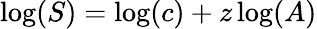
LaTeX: \log(S)=\log(c)+z\log(A)